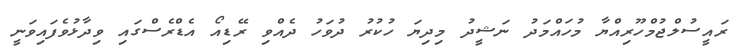
ރައީސުލްޖުމްހޫރިއްޔާ މުހައްމަދު ނަޝީދު މިދިޔަ ހުކުރު ދުވަހު ދެއްވި ރޭޑިއޯ އެޑްރެސްގައި ވިދާޅުވެފައިވަނީ